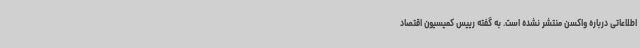
اطلاعاتی درباره واکسن منتشر نشده است. به گفته رییس کمیسیون اقتصاد